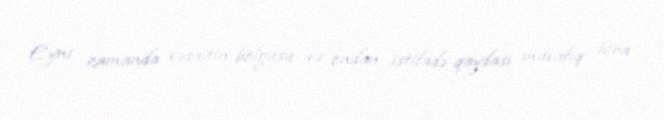
Eyni zamanda vəsaitin bölgüsü və ondan istifadə qaydası müvafiq icra